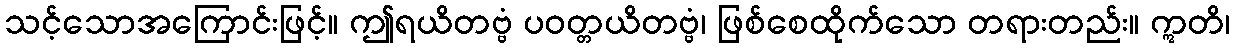
သင့်သောအကြောင်းဖြင့်။ ဤရယိတဗ္ဗံ ပဝတ္တယိတဗ္ဗံ၊ ဖြစ်စေထိုက်သော တရားတည်း။ ဣတိ၊